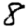
Digit: 8